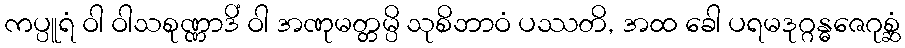
ကပ္ပူရံ ဝါ ဝါသစုဏ္ဏာဒိံ ဝါ အဏုမတ္တမ္ပိ သုစိဘာဝံ ပဿတိ, အထ ခေါ ပရမဒုဂ္ဂန္ဓဇေဂုစ္ဆံ